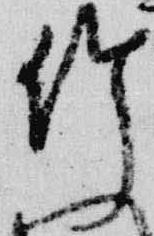
竹